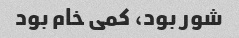
شور بود، کمی خام بود